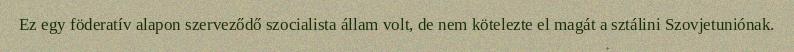
Ez egy föderatív alapon szerveződő szocialista állam volt, de nem kötelezte el magát a sztálini Szovjetuniónak.